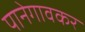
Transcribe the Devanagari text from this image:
पानेगावकर